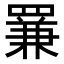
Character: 𦋰